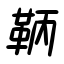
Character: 鞆